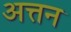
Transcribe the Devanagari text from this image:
अत्तन